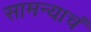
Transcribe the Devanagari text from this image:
सामन्याचं